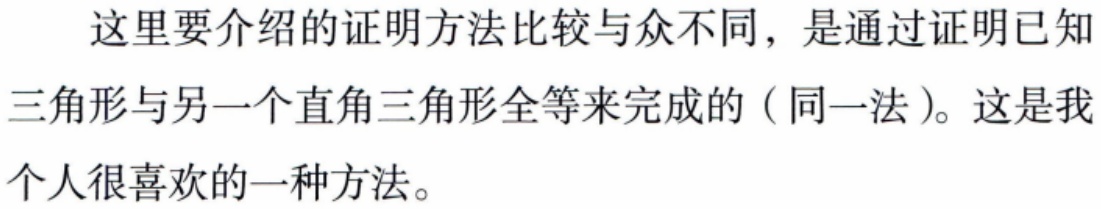
这里要介绍的证明方法比较与众不同，是通过证明已知三角形与另一个直角三角形全等来完成的（同一法）。这是我个人很喜欢的一种方法。